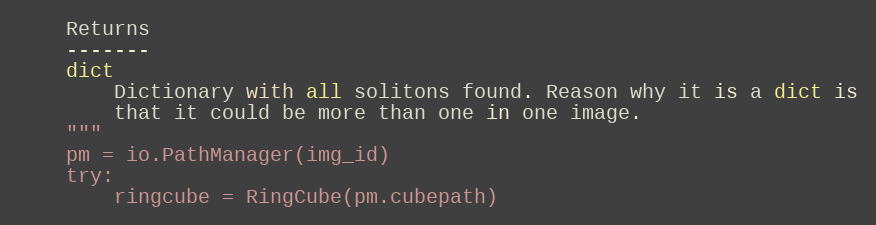
Language: Python
    Returns
    -------
    dict
        Dictionary with all solitons found. Reason why it is a dict is
        that it could be more than one in one image.
    """
    pm = io.PathManager(img_id)
    try:
        ringcube = RingCube(pm.cubepath)